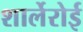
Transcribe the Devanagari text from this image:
शार्लेरोई